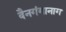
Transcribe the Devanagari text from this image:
वैनगंगानाग